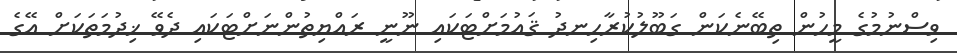
ވިސްނުމުގެ މީހުން ތިބޭނެކަން ގަބޫލުކުރާހިނދު ޤައުމަށްޓަކައި ނޫނީ ރައްޔިތުންނަށްޓަކައި ދެވޭ ޚިދުމަތަކަށް އޭގެ